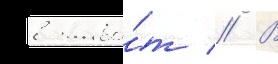
в живо́т // В